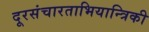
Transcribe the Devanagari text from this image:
दूरसंचारताभियान्त्रिकी